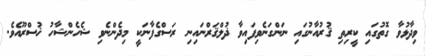
ވިދާޅުވާ ގޮތުގައި ކީރިތި ޤުރުއާނުގައި ނަންގަނެވިފައިވާ ޛުލްޤަރްނައިނި ރަސްގެފާނަކީ މިދެންނެވި ޝެހެންޝާހު ޚުސްރޫއެވެ.